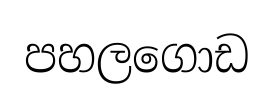
පහලගොඩ